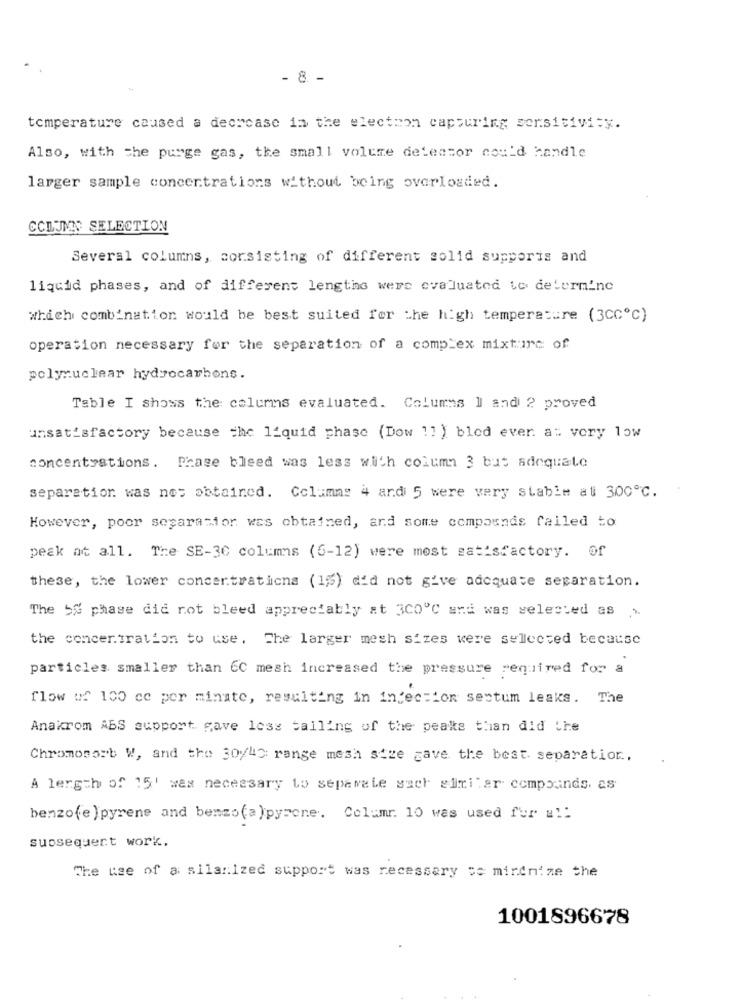
- 8 -
temperature caused a decrease in the election capturing sensitivity.
Also, with the purge gas, the small volume detensor could handle
larger sample concentrations without being overloaded.
COLUMN SELECTION
Several columns, consisting of different solid supporis and
liquid phases, and of different lengths were evaluated to determine
which combination would be best suited for the high temperature (3CC℃)
operation necessary for the separation of a complex mixt:irc of
polynuclear hydrocarbons.
Table I shows the columns evaluated. Columns 1 and 2 proved
unsatisfactory because the liquid phase (Dow !! ) bled ever. at vory low
concentrations. Phase bleed was less with column 3 but adequate
separation was not obtained. Columns 4 and 5 were very stable at 300℃.
However, poor separatior was obtained, and some compounds failed to
peak at all. The SE-36 columns (6-12) were most satisfactory. of
these, the lower concentrations (15) did not give adequate separation.
The Se phase did not bleed appreciably at 300℃ and was selected as
the concentration to use. The larger mesh sizes were selected because
particles smaller than 6C mesh increased the pressure required for a
flow of 100 ce per minute, resulting in infection sectum leaks. The
Anakrom ABS support gave loss talling of the peaks than did the
Chromosorb W, and the 30/40 range mesh stue gave the best separation,
A length of 15' was necessary to separate sach similar compounds. as
benzo(e ) pyrene and benzo(a)pyrone. Columr. 10 was used for # !!
subsequent work.
The use of a silanized support was necessary se mirdnize the
1001896678